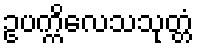
ဥပက္ကိလေသသုတ္တံ